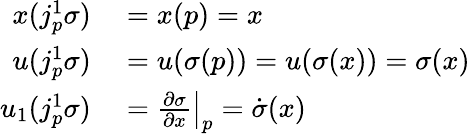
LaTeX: \begin{array}{rl}{x(j_{p}^{1}\sigma)}&{{}=x(p)=x}\\ {u(j_{p}^{1}\sigma)}&{{}=u(\sigma(p))=u(\sigma(x))=\sigma(x)}\\ {u_{1}(j_{p}^{1}\sigma)}&{{}=\left.{\frac{\partial\sigma}{\partial x}}\right|_{p}={\dot{\sigma}}(x)}\end{array}